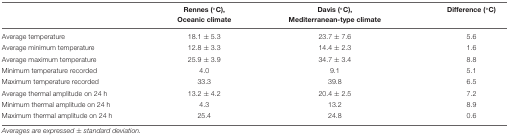
<table><thead><tr><td></td><td><b>Rennes (°C), Oceanic climate</b></td><td><b>Davis (°C), Mediterranean-type climate</b></td><td><b>Difference (°C)</b></td></tr></thead><tbody><tr><td>Average temperature</td><td>18.1 ± 5.3</td><td>23.7 ± 7.6</td><td>5.6</td></tr><tr><td>Average minimum temperature</td><td>12.8 ± 3.3</td><td>14.4 ± 2.3</td><td>1.6</td></tr><tr><td>Average maximum temperature</td><td>25.9 ± 3.9</td><td>34.7 ± 3.4</td><td>8.8</td></tr><tr><td>Minimum temperature recorded</td><td>4.0</td><td>9.1</td><td>5.1</td></tr><tr><td>Maximum temperature recorded</td><td>33.3</td><td>39.8</td><td>6.5</td></tr><tr><td>Average thermal amplitude on 24 h</td><td>13.2 ± 4.2</td><td>20.4 ± 2.5</td><td>7.2</td></tr><tr><td>Minimum thermal amplitude on 24 h</td><td>4.3</td><td>13.2</td><td>8.9</td></tr><tr><td>Maximum thermal amplitude on 24 h</td><td>25.4</td><td>24.8</td><td>0.6</td></tr></tbody></table>